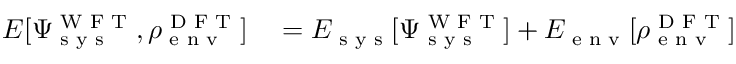
\begin{array} { r l } { E [ \Psi _ { \textrm { s y s } } ^ { \textrm { W F T } } , \rho _ { \textrm { e n v } } ^ { \textrm { D F T } } ] } & { { } = E _ { \textrm { s y s } } [ \Psi _ { \textrm { s y s } } ^ { \textrm { W F T } } ] + E _ { \textrm { e n v } } [ \rho _ { \textrm { e n v } } ^ { \textrm { D F T } } ] } \end{array}